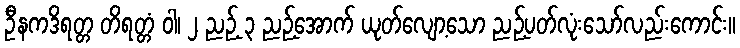
ဦနကဒိရတ္တ တိရတ္တံ ဝါ၊ ၂ ညဉ့် ၃ ညဉ့်အောက် ယုတ်လျော့သော ညဉ့်ပတ်လုံးသော်လည်းကောင်း။